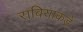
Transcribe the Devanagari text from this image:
राबियाकडे